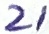
Text: 21